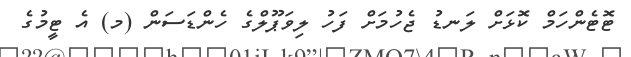
ޓޮޓެންހަމް ކޮޅަށް ލަނޑު ޖެހުމަށް ފަހު ލިވަޕޫލްގެ ހެންޑަސަން (މ) އެ ޓީމުގެ